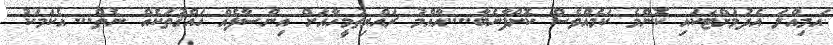
އަމިއްލަ އެދުމަށްޓަކައި ކޮންމެ ކަމެއްވެސް ކޮށްފާނެބާ....އާއްމު ރައްޔިތުމީހާއަށް އިންސާފެއް ހައްޤުތަކެއް ނެތް... އެކަމަކު